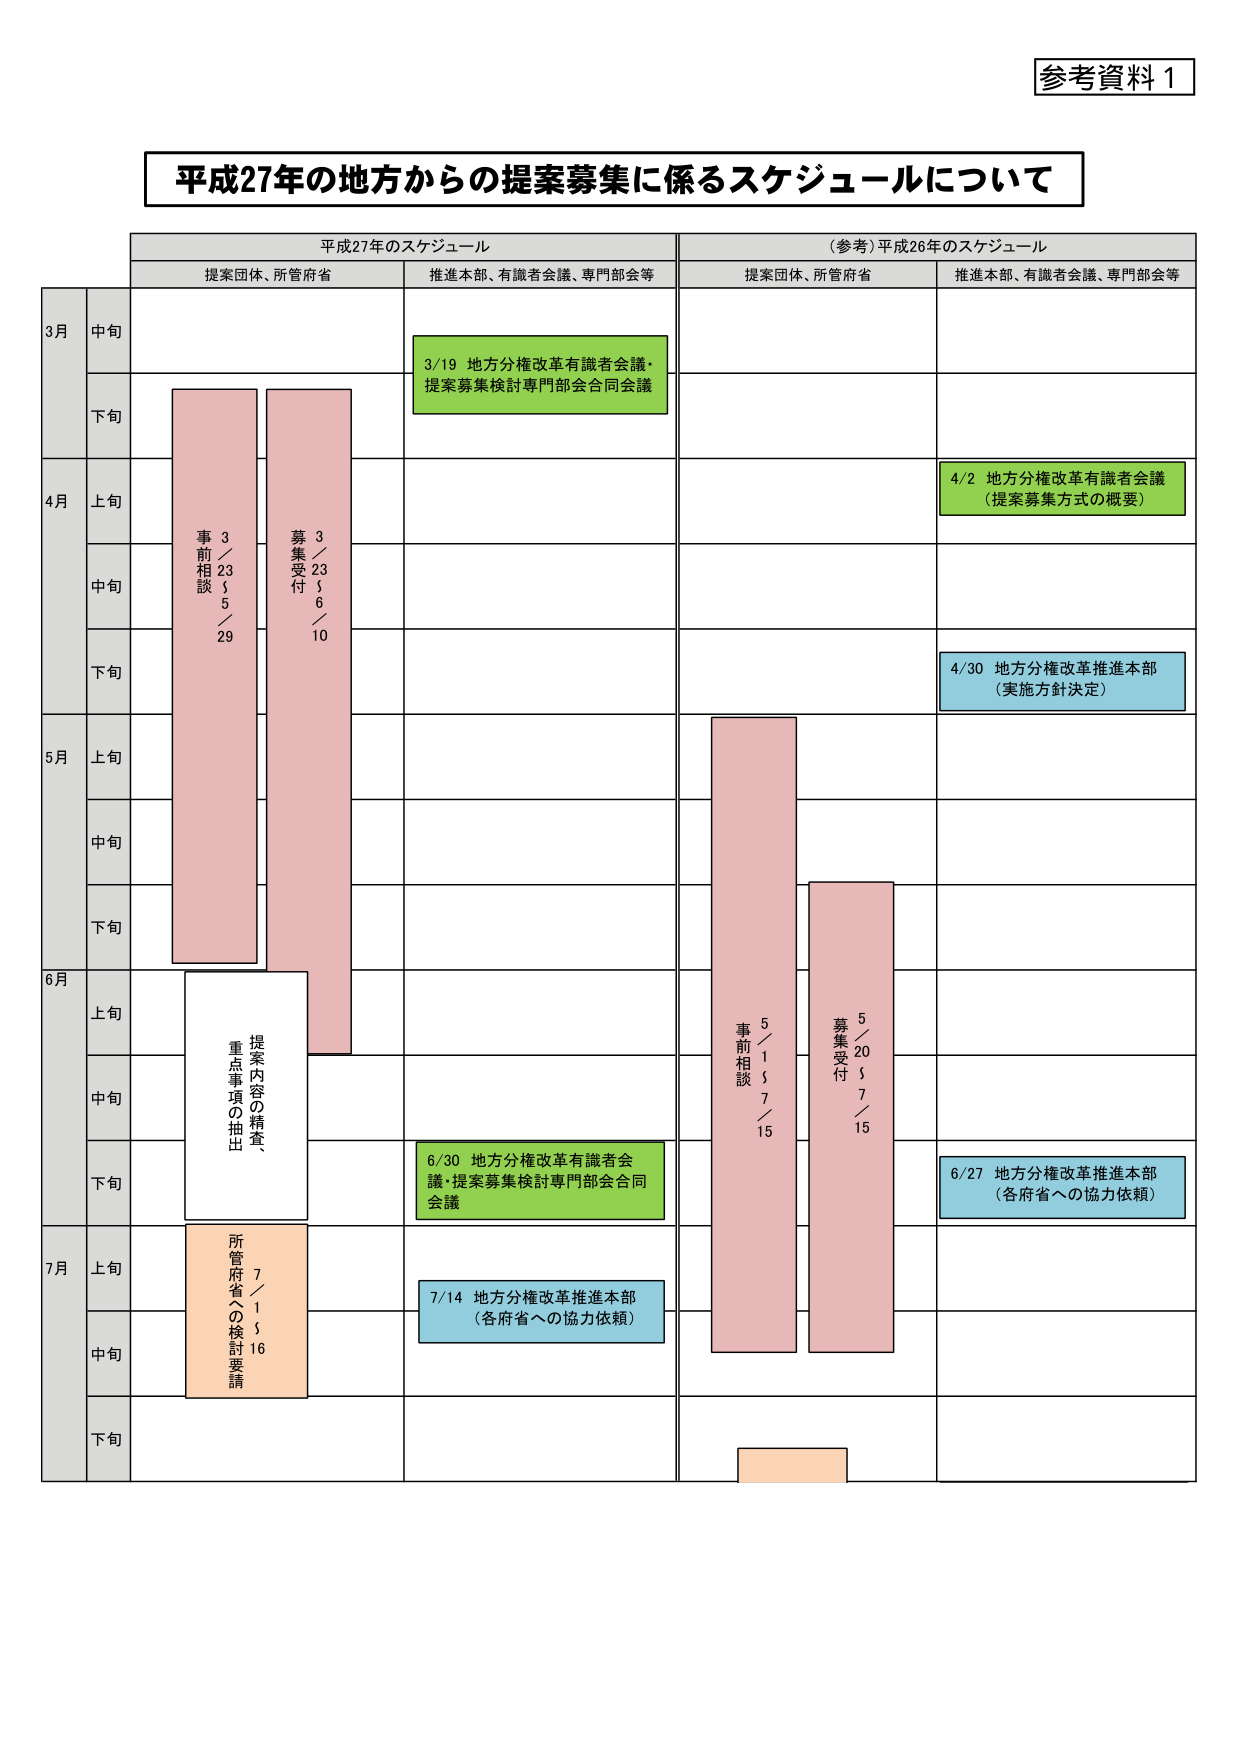
参考資料１

平成27年の地方からの提案募集に係るスケジュールについて

平成27年のスケジュール
（参考）平成26年のスケジュール

提案団体、所管府省
推進本部、有識者会議、専門部会等
提案団体、所管府省
推進本部、有識者会議、専門部会等

3月
中旬
3/19 地方分権改革有識者会議・
提案募集検討専門部会合同会議

下旬

4月
上旬
4/2 地方分権改革有識者会議
（提案募集方式の概要）

中旬
事前相談
3／23～5／29
募集受付
3／23～6／10

下旬
4/30 地方分権改革推進本部
（実施方針決定）

5月
上旬

中旬

下旬

6月
上旬
事前相談
5／1～7／15
募集受付
5／20～7／15

中旬
提案内容の精査、
重点事項の抽出

下旬
6/30 地方分権改革有識者会議・提案募集検討専門部会合同会議
6/27 地方分権改革推進本部
（各府省への協力依頼）

7月
上旬
所管府省への検討要請
7／1～7／16

中旬
7/14 地方分権改革推進本部
（各府省への協力依頼）

下旬